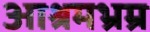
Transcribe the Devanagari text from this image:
आश्रमभ्रम्र